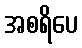
အစရိပေ